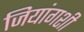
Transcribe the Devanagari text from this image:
जियांगशी